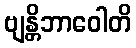
ဗျန္တိဘာဝေါတိ